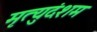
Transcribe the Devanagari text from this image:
मृत्युदंशम